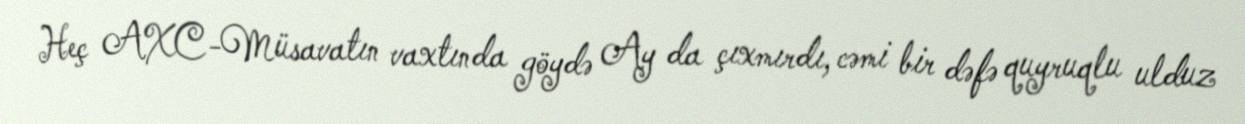
Heç AXC-Müsavatın vaxtında göydə Ay da çıxmırdı, cəmi bir dəfə quyruqlu ulduz